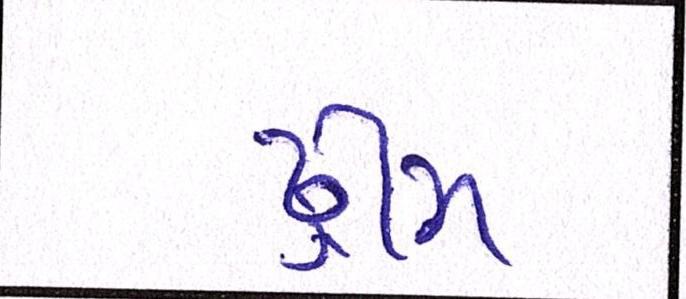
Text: ડ્રીમ